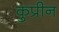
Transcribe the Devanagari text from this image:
कुप्रीन